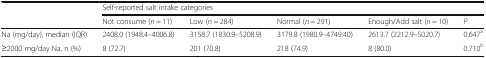
| <ROWSPAN=2>  | <COLSPAN=5> Self-reported salt intake categories |
 | Not consume (n = 11) | Low (n = 284) | Normal (n = 291) | Enough/Add salt (n = 10) | P |
 | --- | --- | --- | --- | --- | --- |
 | Na (mg/day), median (IQR) | 2408.0 (1948.4–4006.8) | 3158.7 (1830.9–5208.9) | 3179.8 (1980.9–4749.40) | 2613.7 (2212.9–5020.7) | 0.647a |
 | ≥2000 mg/day Na, n (%) | 8 (72.7) | 201 (70.8) | 218 (74.9) | 8 (80.0) | 0.710b |